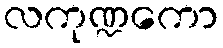
လကုဏ္ဍကော